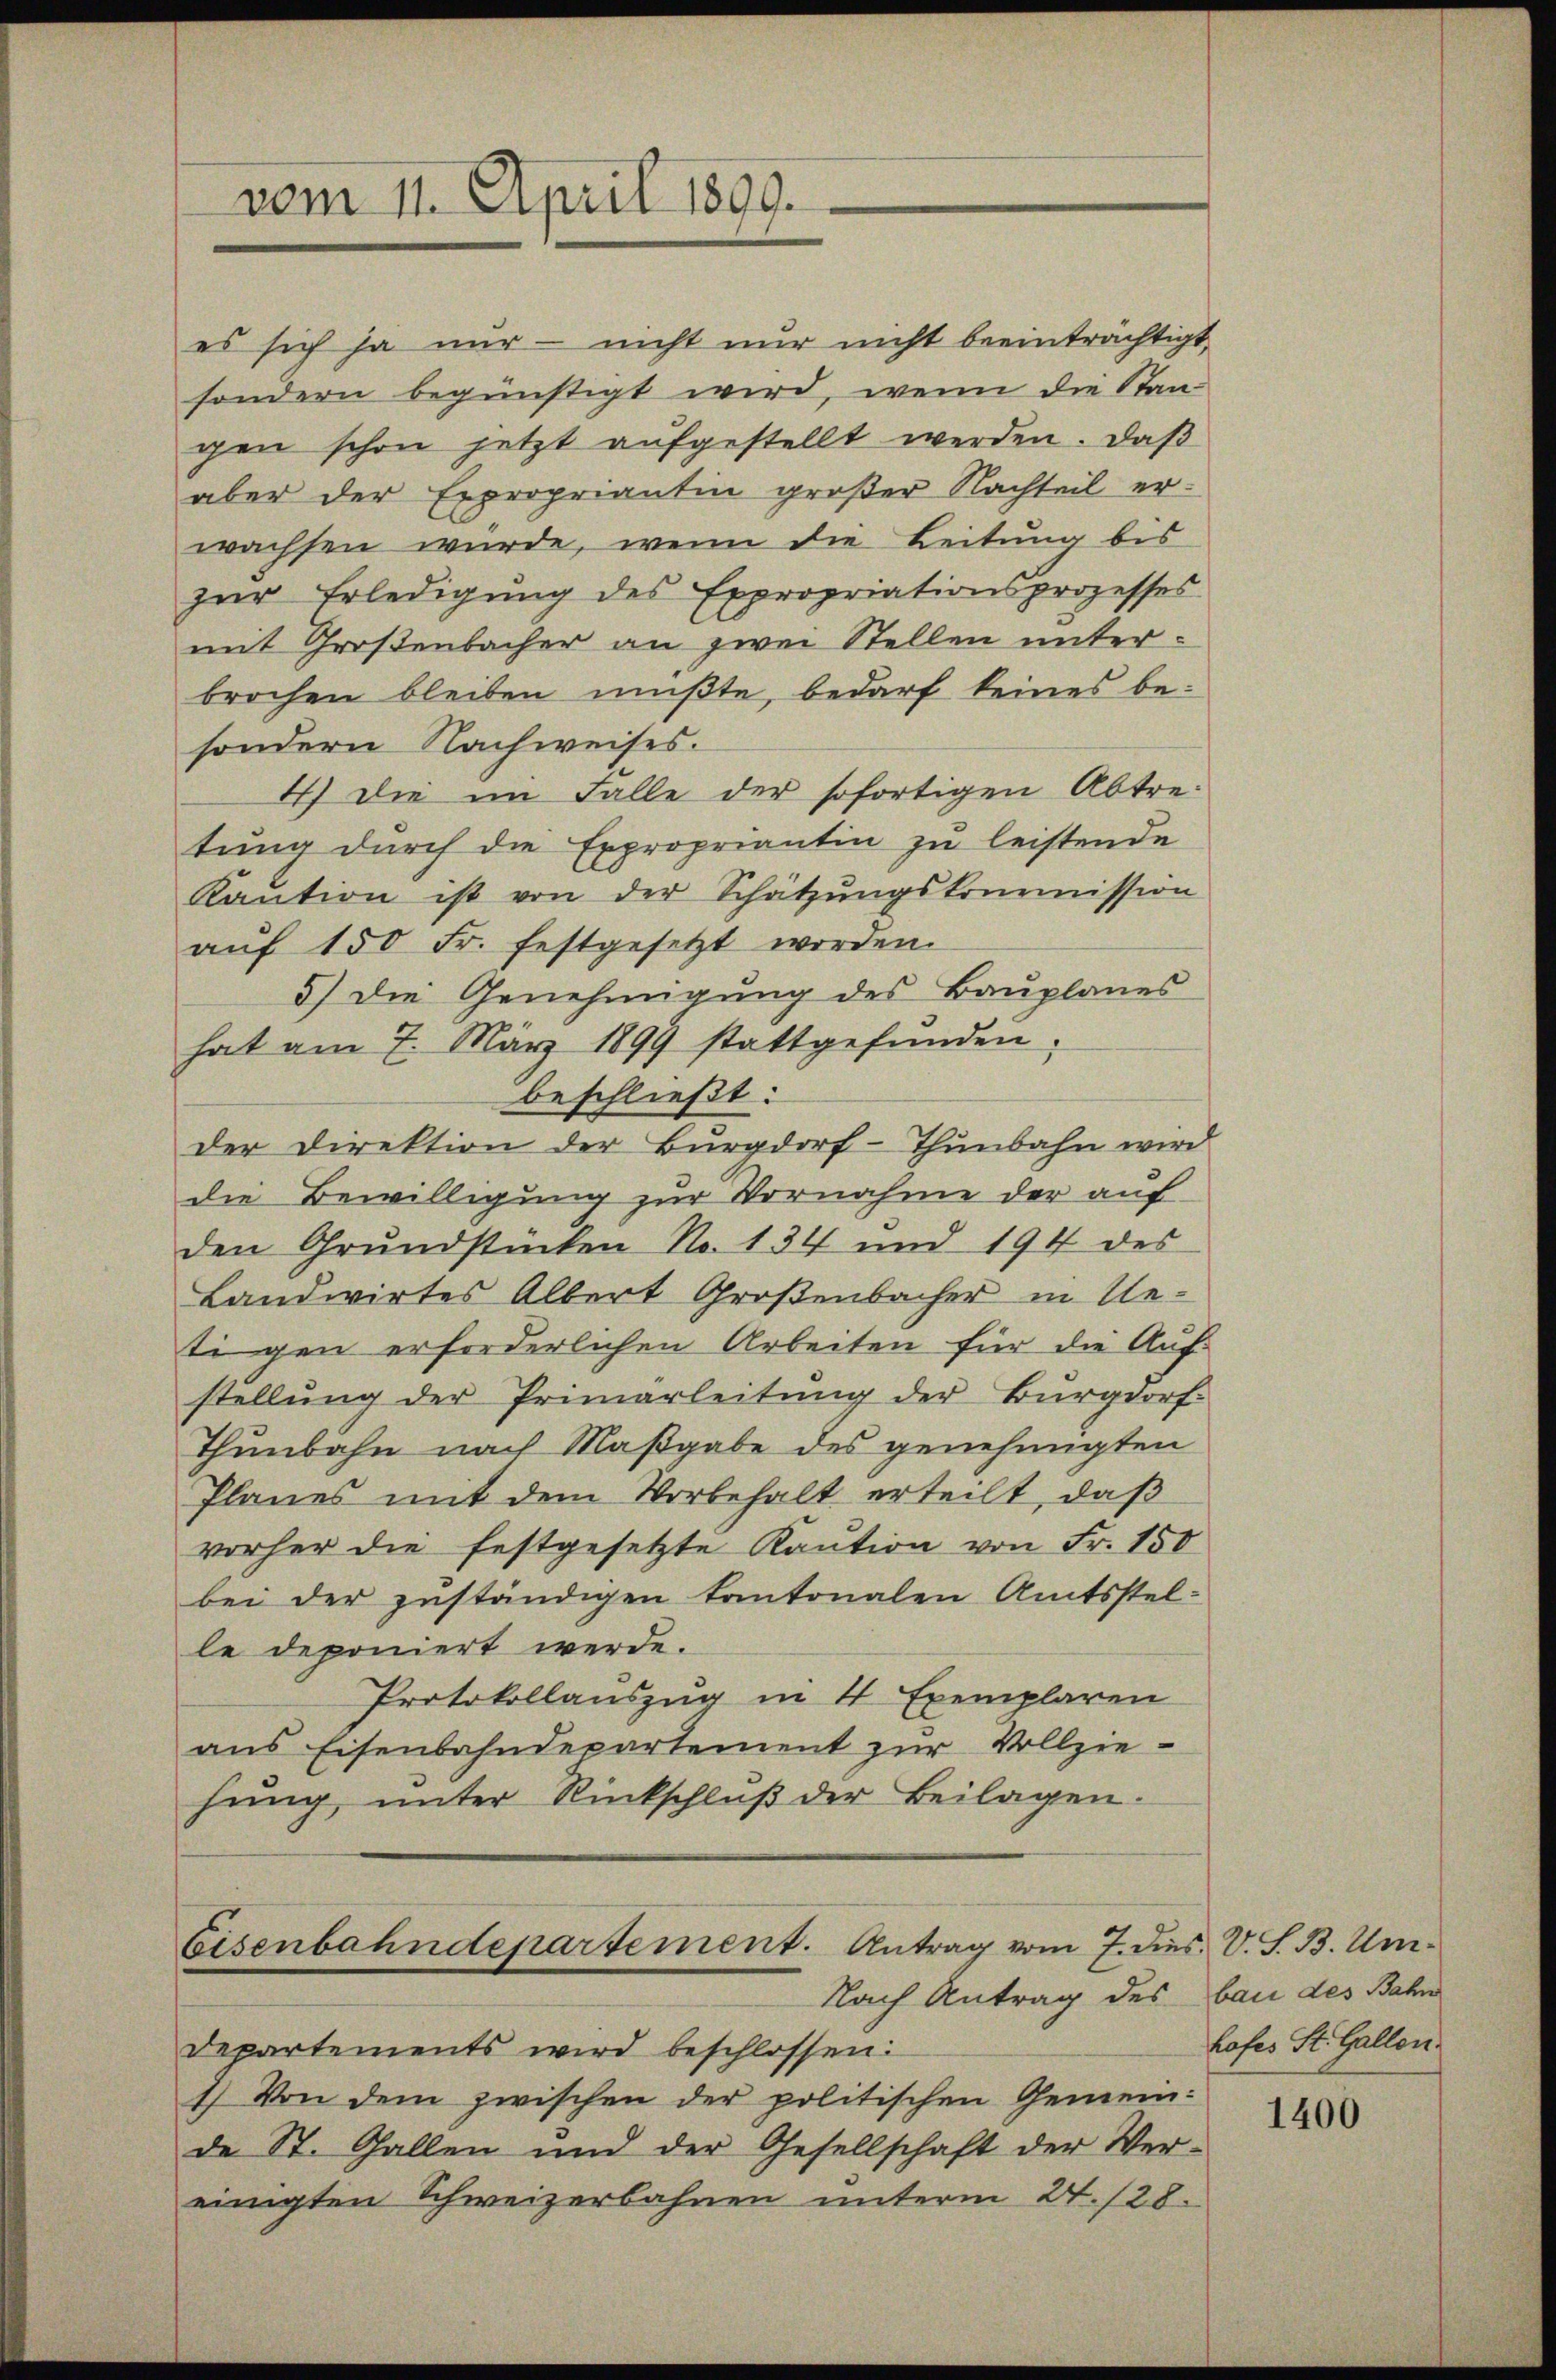
vom 11. April 1899.

es sich ja nur – nicht nur nicht beeinträchtigt,
sondern begünstigt wird, wenn die Staagen schon jetzt aŭfgestellt werden. Daβ
aber der Expropriantin großer Nachteil erwachsen würde, wenn die Leitung bis
zŭr Erledigŭng des Expropriationsprozesses
mit Großenbacher an zwei Stellen unterbrochen bleiben müßte, bedarf keines besondern Nachweises.
4) Die im Falle der sofortigen Abtretung durch die Expropriantin zu leistende
Kaŭtion ist von der Schätzŭngskommission
aŭf 150 Fr. festgesetzt worden.
5) Die Genehmigung des Bauplanes
hat am 7. März 1899 stattgefŭnden.
beschließt:
der Direktion der Burgdorf-Thunbahn wird
die Bewilligung zur Vornahme der auf
den Grundstücken No. 134 und 194 des
Landwirtes Albert Großenbacher in Ue-
tigen erforderlichen Arbeiten für die Auf-
stellŭng der Primarleitŭng der Bürgdorf
Thunbahn nach Maßgabe des genehmigten
Planes mit dem Vorbehalt erteilt, daß
vorher die festgesetzte Kaution von Fr. 150
bei der zuständigen Kantonalen Amtsstelle deponiert werde.
Protokollauszug in 4 Exemplaren
aus Eisenbahndepartement zur Vollzie-
hung unter Rückschluß der Beilagen.

Eisenbahndepartement. Antrag vom 7. dies. V. S. B. Um-
Nach Antrag des bau des Bahn

Departements wird beschlossen:
1.) Von dem zwischen der politischen Gemeinde St. Gallen und der Gesellschaft der Ver-
einigten Schweizerbahnen unterm 24. 128.

hofes St. Gallen.

1400